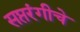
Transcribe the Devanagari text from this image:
सप्तरंगीचे